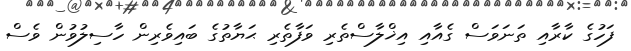
ފަހުގެ ކާރާއި ތަނަވަސް ގެއާއި އިޚްލާސްތެރި ވަފާތެރި ޙަޔާތުގެ ބައިވެރިން ހާސިލުވުން ވެސް